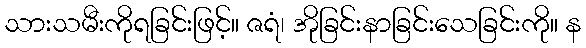
သားသမီးကိုရခြင်းဖြင့်။ ဇရံ၊ အိုခြင်းနာခြင်းသေခြင်းကို။ န